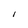
Character: l